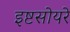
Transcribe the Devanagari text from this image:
इष्टसोयरे